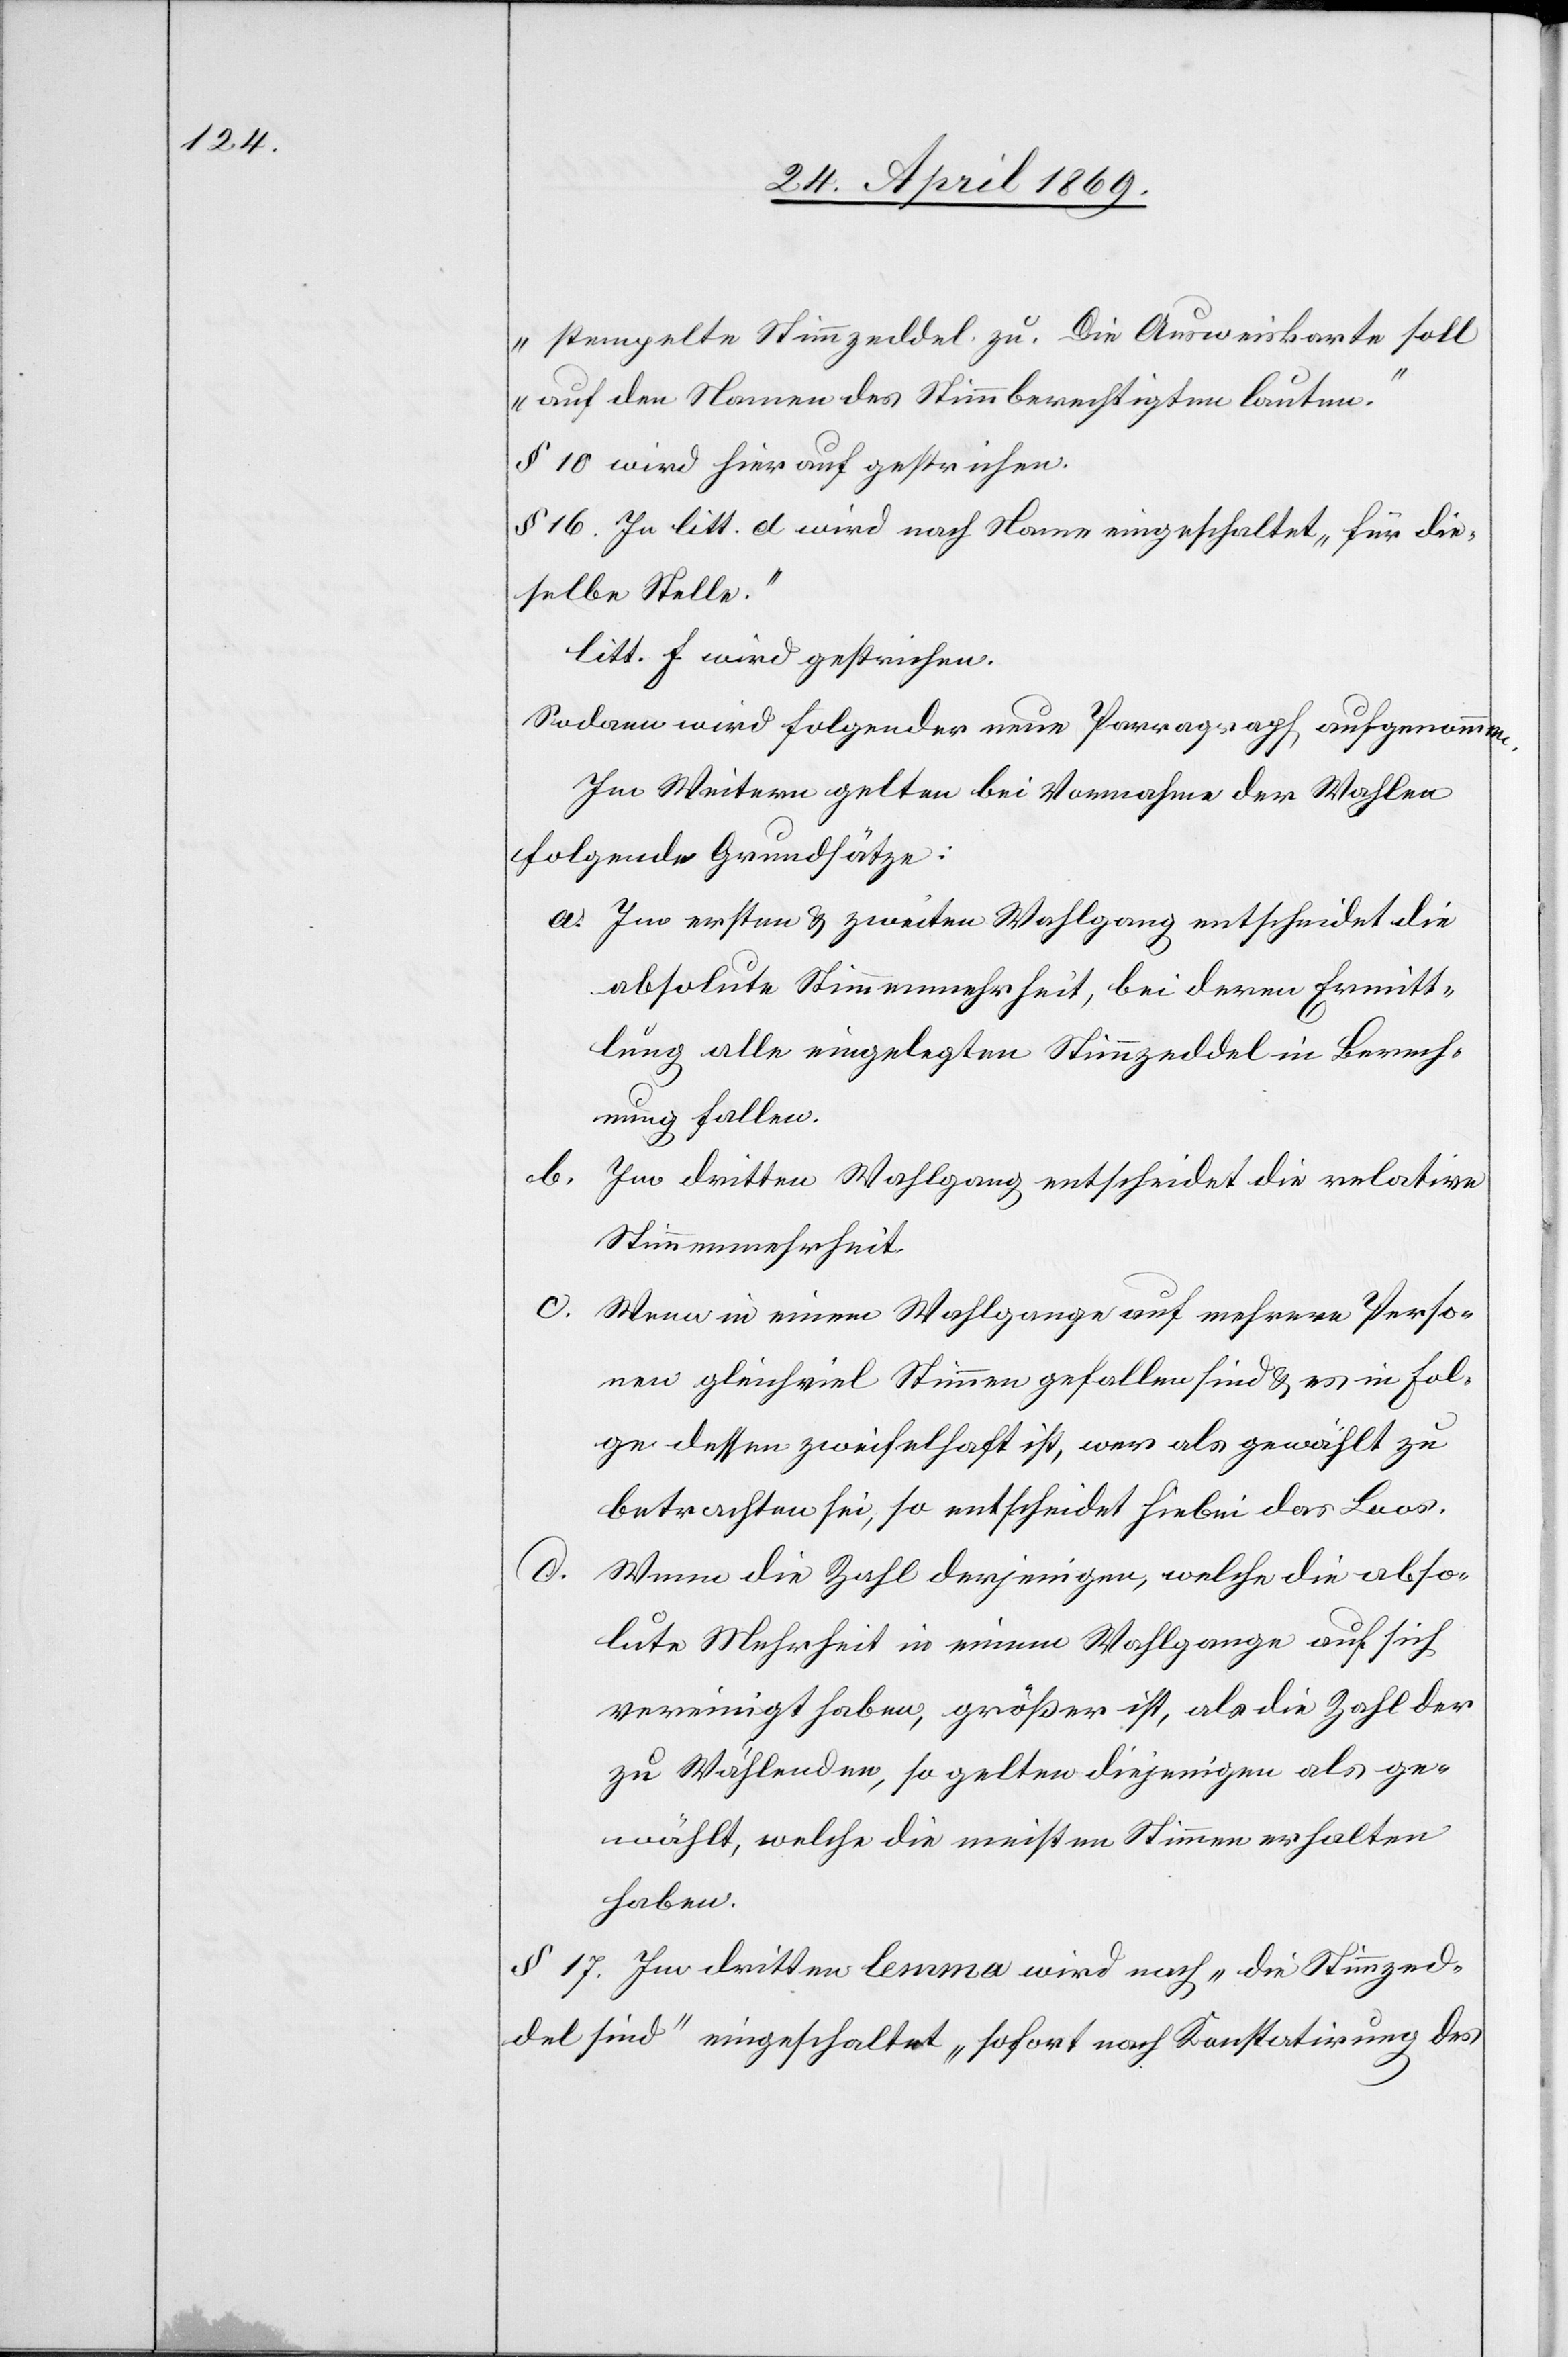
stempelte Stimmzeddel zu. Die Ausweiskarte soll
auf den Namen des Stimmberechtigten lauten.“
§ 10 wird hierauf gestrichen.
§ 16. In litt. d. wird nach Name eingeschaltet „für die¬
selbe Stelle.“
litt. f. wird gestrichen.
Sodann wird folgender neue Paragraph aufgenommen.
Im Weitern gelten bei Vornahme der Wahlen
folgende Grundsätze:
a. Im ersten u. zweiten Wahlgang entscheidet die
absolute Stimmenmehrheit, bei deren Ermitt¬
lung alle eingelegten Stimmzeddel in Berech¬
nung fallen.
b. Im dritten Wahlgang entscheidet die relative
Stimmenmehrheit.
c.
Wenn in einem Wahlgange auf mehrere Perso¬
nen gleichviel Stimmen gefallen sind u. es in Fol¬
ge dessen zweifelhaft ist, wer als gewählt zu
betrachten sei, so entscheidet hiebei das Loos.
d.
Wenn die Zahl derjenigen, welche die abso¬
lute Mehrheit in einem Wahlgange auf sich
vereinigt haben, größer ist, als die Zahl der
Wählenden, so gelten diejenigen als ge¬
wählt, welche die meisten Stimmen erhalten
haben.
§ 17. Im dritten lemma wird nach „die Stimmzed¬
del sind“ eingeschaltet „sofort nach Konstatirung des